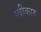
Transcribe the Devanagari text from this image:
स्वीकारु